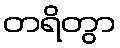
တရိတွာ